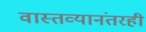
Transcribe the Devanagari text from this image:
वास्तव्यानंतरही